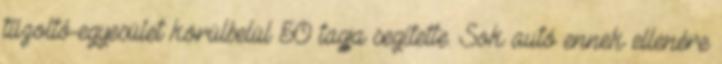
tűzoltó-egyesület körülbelül 50 tagja segítette. Sok autó ennek ellenére